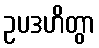
ဥပဒဟိတွာ